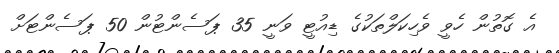
އެ ގޮތުން ހެވީ ވެހިކަލްތަކުގެ ޑިއުޓީ ވަނީ 35 ޕަސެންޓުން 50 ޕަސެންޓަށް